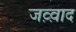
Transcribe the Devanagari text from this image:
जव़्व़ाद